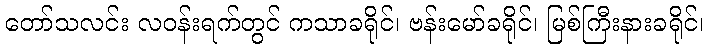
တော်သလင်း လဝန်းရက်တွင် ကသာခရိုင်၊ ဗန်းမော်ခရိုင်၊ မြစ်ကြီးနားခရိုင်၊